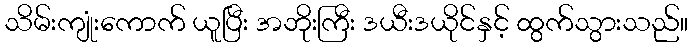
သိမ်းကျုံးကောက် ယူပြီး အဘိုးကြီး ဒယီးဒယိုင်နှင့် ထွက်သွားသည်။